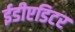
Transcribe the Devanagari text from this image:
ईडीएडिटर